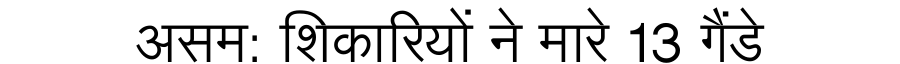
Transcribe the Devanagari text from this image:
असम: शिकारियों ने मारे 13 गैंडे